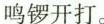
鸣锣开打。